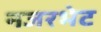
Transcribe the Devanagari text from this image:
नजरभेट